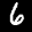
Label: 6